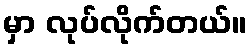
မှာ လုပ်လိုက်တယ်။